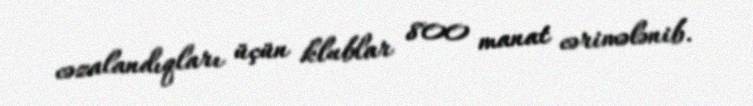
cəzalandıqları üçün klublar 800 manat cərimələnib.